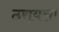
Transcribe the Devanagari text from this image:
ठरायला